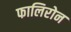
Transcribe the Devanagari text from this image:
फालिरोन